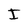
Character: I